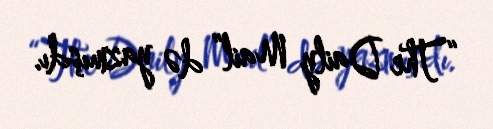
“The Daily Mail” də yazmışdı.